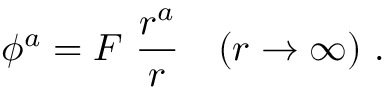
\phi ^ { a } = F \ \frac { r ^ { a } } { r } \quad ( r \rightarrow \infty ) \ .